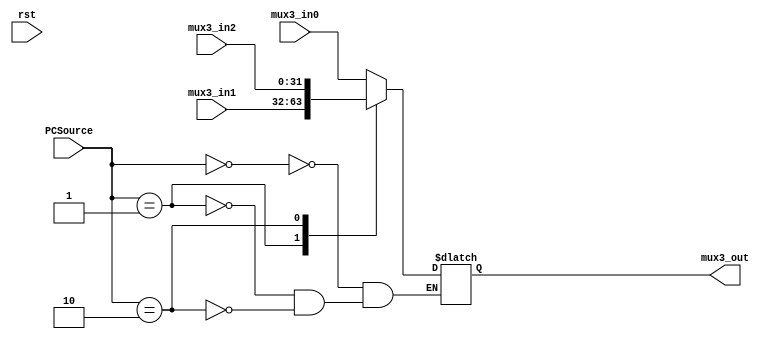
`timescale 1ns / 1ps
//////////////////////////////////////////////////////////////////////////////////
// Company: 
// Engineer: 
// 
// Design Name: 
// Module Name: Mux3
// Project Name: 
// Target Devices: 
// Tool Versions: 
// Description: 
// 
// Dependencies: 
// 
// Revision:
// Revision 0.01 - File Created
// Additional Comments:
// 
//////////////////////////////////////////////////////////////////////////////////


module Mux3(
    input [31:0]mux3_in0,mux3_in1,mux3_in2,
    output reg [31:0]mux3_out,
    input [1:0]PCSource,
    input rst
    );
    always@(*)
    begin
    //if(rst) mux3_out = 0;
    begin
        case(PCSource)
            2'b00:mux3_out = mux3_in0;
            2'b01:mux3_out = mux3_in1;
            2'b10:mux3_out = mux3_in2;
        endcase
    end 
    end
    //assign mux3_out = (
endmodule